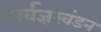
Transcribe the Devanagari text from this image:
सर्वज्ञखंडन